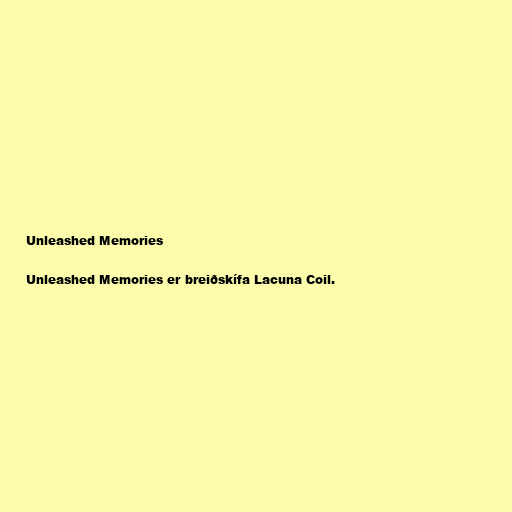
Unleashed Memories

Unleashed Memories er breiðskífa Lacuna Coil.